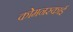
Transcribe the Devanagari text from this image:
कोमनस्काई